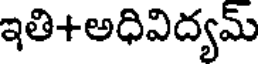
ఇతి+అధివిద్యమ్